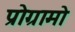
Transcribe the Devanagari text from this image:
प्रोग्रामो